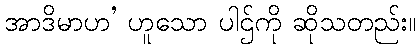
အာဒိမာဟ’ ဟူသော ပါဌ်ကို ဆိုသတည်း။